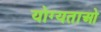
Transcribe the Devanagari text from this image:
योग्यताओ